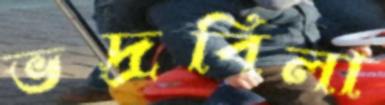
ভদ্রবিলা